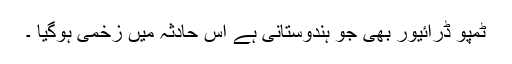
ٹمپو ڈرائیور بھی جو ہندوستانی ہے اس حادثہ میں زخمی ہوگیا ۔